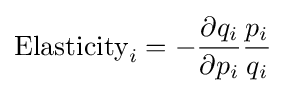
\mathrm {Elasticity} _{i}=-{\frac {\partial q_{i}}{\partial p_{i}}}{\frac {p_{i}}{q_{i}}}